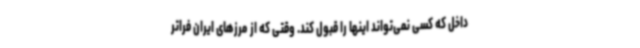
داخل که کسی نمی‌تواند اینها را قبول کند. وقتی که از مرزهای ایران فراتر